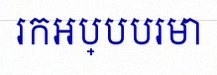
រកអប្បបរមា